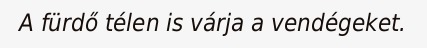
A fürdő télen is várja a vendégeket.